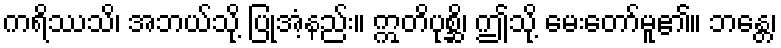
ကရိဿသိ၊ အဘယ်သို့ ပြုအံ့နည်း။ ဣတိပုစ္ဆိ၊ ဤသို့ မေးတော်မူ၏။ ဘန္တေ၊